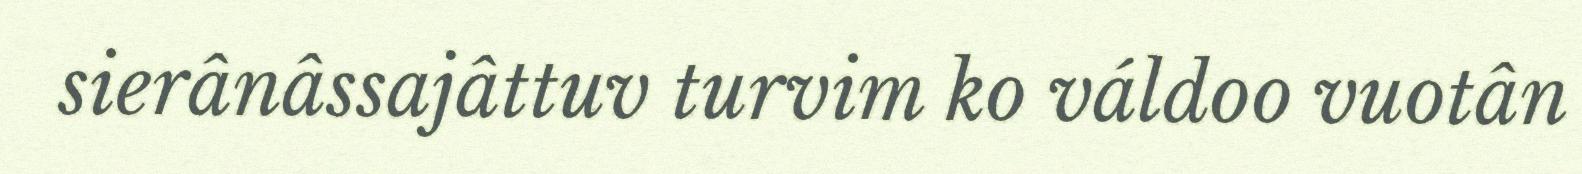
sierânâssajâttuv turvim ko váldoo vuotân